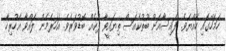
ހަމަހޭގައި ހެއްޔެވެ. ފައިސާއަށް ބޫތުކެއަސް ތިޔައީވާ ފުކެއް ބޮޑުވަރެވެ. އަހަރެމެން ލައްވާ އެހުރިހާ